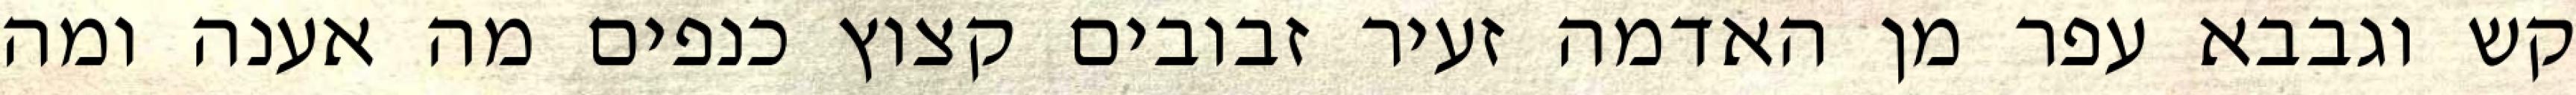
קש וגבבא עפר מן האדמה זעיר זבובים קצוץ כנפים מה אענה ומה